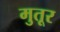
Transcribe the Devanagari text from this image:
मुतूर